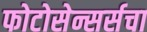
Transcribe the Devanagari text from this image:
फोटोसेन्सर्सचा